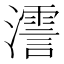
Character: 𤁳